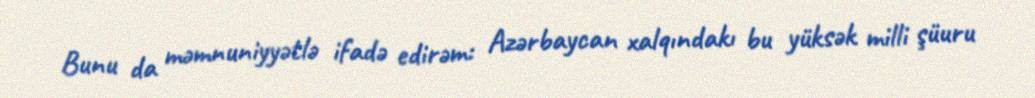
Bunu da məmnuniyyətlə ifadə edirəm: Azərbaycan xalqındakı bu yüksək milli şüuru